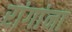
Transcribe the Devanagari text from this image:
रांगांना